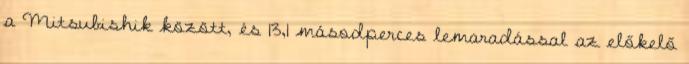
a Mitsubishik között, és 13,1 másodperces lemaradással az előkelő